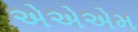
એએએમ